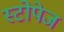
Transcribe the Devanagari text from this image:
स्टोपेज